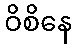
ဝိစိနေ